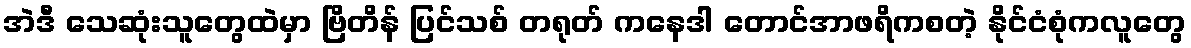
အဲဒီ သေဆုံးသူတွေထဲမှာ ဗြိတိန် ပြင်သစ် တရုတ် ကနေဒါ တောင်အာဖရိကစတဲ့ နိုင်ငံစုံကလူတွေ